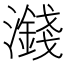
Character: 𪷻